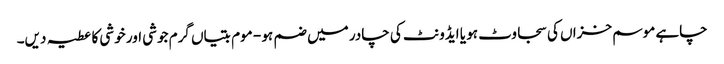
چاہے موسم خزاں کی سجاوٹ ہو یا ایڈونٹ کی چادر میں ضم ہو - موم بتیاں گرم جوشی اور خوشی کا عطیہ دیں۔